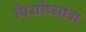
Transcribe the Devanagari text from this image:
पियोप्यांग